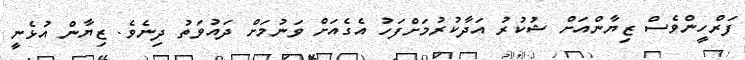
ފަރްހީންވެސް ޒިޔާންއަށް ޝުކުރު އަދާކުރުމަށްފަހު އެގެއަށް ވަނުމަށް ދައުވަތު ދިނެވެ. ޒިޔާން އުޅެނީ